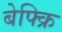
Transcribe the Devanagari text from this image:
बेफ्क्रि